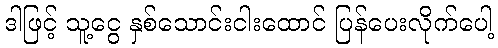
ဒါဖြင့် သူ့ငွေ နှစ်သောင်းငါးထောင် ပြန်ပေးလိုက်ပေါ့